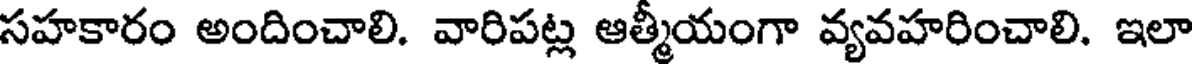
సహకారం అందించాలి. వారిపట్ల ఆత్మీయంగా వ్యవహరించాలి. ఇలా